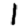
Digit: 1